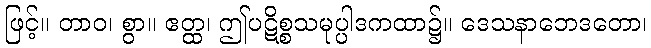
ဖြင့်။ တာဝ၊ စွာ။ ဧတ္ထ၊ ဤပဋိစ္စသမုပ္ပါဒကထာ၌။ ဒေသနာဘေဒတော၊